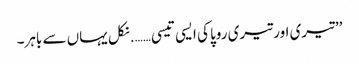
’’تیری اور تیری روپا کی ایسی تیسی……. نکل یہاں سے باہر۔